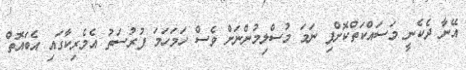
އޭނާ ދެކެނީ މަސައްކަތްކޮށްފި ނަމަ މުސްލިމުންނަށް ވެސް ހަމަހަމަ ފުރުސަތު އެމެރިކާގައި އެބައޮތް